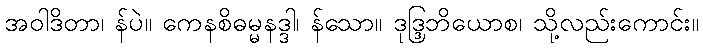
အဝါဒိတာ၊ န်ပဲ။ ကေနစိဓမ္မနဒ္ဒါ၊ န်သော။ ဒုဒ္ဒြဘိယောစ၊ သို့လည်းကောင်း။